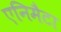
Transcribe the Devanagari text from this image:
एनिमैटा